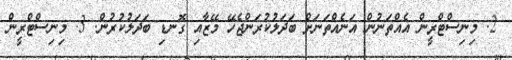
2. މިނިސްޓްރީން އެއްތަނުން އަނެއްތަނަށް ބަދަލުކުރަންޖެހޭ މޭޒާއި ގޮނޑި ބަދަލުކުރުން. 3. މިނިސްޓްރީން